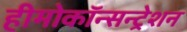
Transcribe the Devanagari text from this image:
हीमोकॉन्सन्ट्रेशन